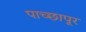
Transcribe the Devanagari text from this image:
पाच्छापूर